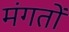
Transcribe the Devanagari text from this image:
मंगतों